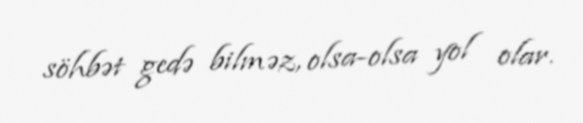
söhbət gedə bilməz, olsa-olsa yol olar.